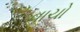
વાચો